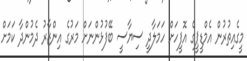
މީގެއިތުރުން އެމްޑީޕީގެ އޮފީހަށް ހަމަލާދީ ސިޔާސީ ބޭފުޅުންނަށް މަރުގެ އިންޒާރު ދެމުންދާ ކަމަށް